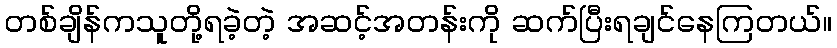
တစ်ချိန်ကသူတို့ရခဲ့တဲ့ အဆင့်အတန်းကို ဆက်ပြီးရချင်နေကြတယ်။